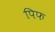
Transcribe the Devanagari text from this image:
पिफ